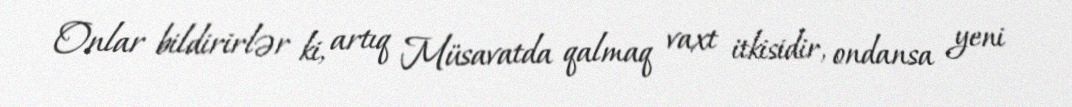
Onlar bildirirlər ki, artıq Müsavatda qalmaq vaxt itkisidir, ondansa yeni